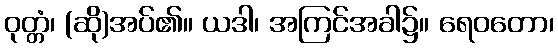
ဝုတ္တံ၊ (ဆို)အပ်၏။ ယဒါ၊ အကြင်အခါ၌။ ရေဝတော၊